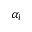
\alpha _ { l }